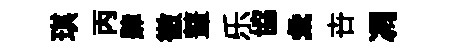
琪丙肆徹鼙乐協彙卋凋